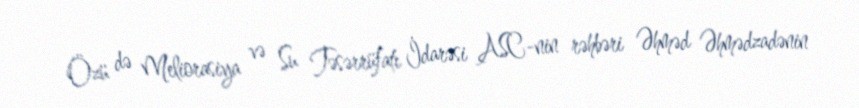
Özü də Meliorasiya və Su Təsərrüfatı İdarəsi ASC-nin rəhbəri Əhməd Əhmədzadənin